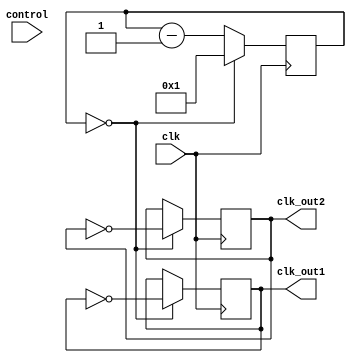
module dual_modulus_clock_divider (
    input wire clk,       // Input clock signal
    input wire control,   // Control signal for selecting modulus value
    output reg clk_out1,  // Divided clock signal with first modulus value
    output reg clk_out2   // Divided clock signal with second modulus value
);

reg [6:0] counter;  // Counter for tracking modulus value
reg [6:0] modulus1 = 3'b001;  // First modulus value (7 cycles)
reg [6:0] modulus2 = 4'b0001; // Second modulus value (15 cycles)

always @(posedge clk) begin
    if (counter == 7'd0) begin
        counter <= (control) ? modulus1 : modulus2;
        clk_out1 <= ~clk_out1;
    end else begin
        counter <= counter - 7'd1;
    end
    clk_out2 <= (counter == 7'd0) ? ~clk_out2 : clk_out2;
end

endmodule